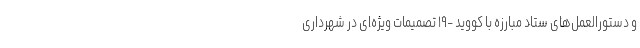
و دستورالعمل‌های ستاد مبارزه با کووید -۱۹ تصمیمات ویژه‌ای در شهرداری